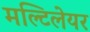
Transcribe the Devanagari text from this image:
मल्टिलेयर